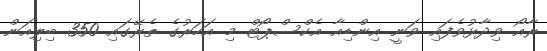
ރާއޯ ވިދާޅުވެފައި ވަނީ އިންޑިއާ އެކްސްޕޯޓް މި އަހަރުގެ ތެރޭގައި 350 ބިލިއަން